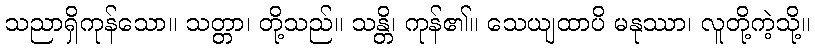
သညာရှိကုန်သော။ သတ္တာ၊ တို့သည်။ သန္တိ၊ ကုန်၏။ သေယျထာပိ မနုဿာ၊ လူတို့ကဲ့သို့။